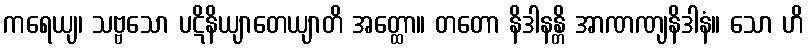
ကရေယျ၊ သဗ္ဗသော ပဋိနိယျာတေယျာတိ အတ္ထော။ တတော နိဒါနန္တိ အာဏဏျနိဒါနံ။ သော ဟိ